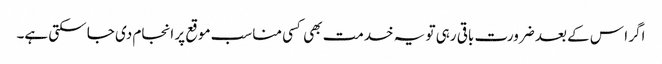
اگر ا س کے بعد ضرورت باقی رہی تو یہ خدمت بھی کسی مناسب موقع پر انجام دی جا سکتی ہے۔